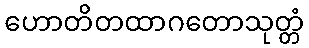
ဟောတိတထာဂတောသုတ္တံ